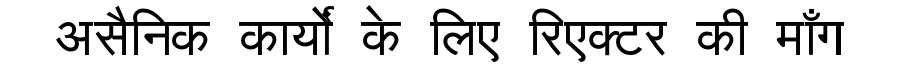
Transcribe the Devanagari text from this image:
असैनिक कार्यों के लिए रिएक्टर की माँग